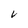
Character: V